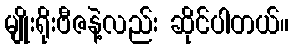
မျိုးရိုးဗီဇနဲ့လည်း ဆိုင်ပါတယ်။